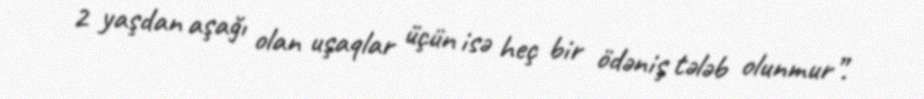
2 yaşdan aşağı olan uşaqlar üçün isə heç bir ödəniş tələb olunmur”.